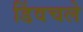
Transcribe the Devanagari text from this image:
डिंवचले